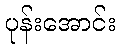
ပုန်းအောင်း